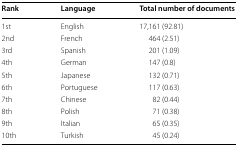
<table><thead><tr><td><b>Rank</b></td><td><b>Language</b></td><td><b>Total number of documents</b></td></tr></thead><tbody><tr><td>1st</td><td>English</td><td>17,161 (92.81)</td></tr><tr><td>2nd</td><td>French</td><td>464 (2.51)</td></tr><tr><td>3rd</td><td>Spanish</td><td>201 (1.09)</td></tr><tr><td>4th</td><td>German</td><td>147 (0.8)</td></tr><tr><td>5th</td><td>Japanese</td><td>132 (0.71)</td></tr><tr><td>6th</td><td>Portuguese</td><td>117 (0.63)</td></tr><tr><td>7th</td><td>Chinese</td><td>82 (0.44)</td></tr><tr><td>8th</td><td>Polish</td><td>71 (0.38)</td></tr><tr><td>9th</td><td>Italian</td><td>65 (0.35)</td></tr><tr><td>10th</td><td>Turkish</td><td>45 (0.24)</td></tr></tbody></table>